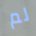
لم